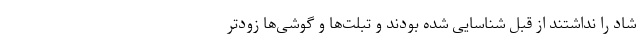
شاد را نداشتند از قبل شناسایی شده بودند و تبلت‌ها و گوشی‌ها زودتر